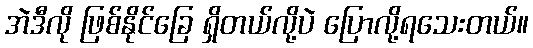
အဲဒီလို ဖြစ်နိုင်ခြေ ရှိတယ်လို့ပဲ ပြောလို့ရသေးတယ်။